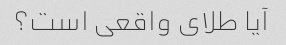
آیا طلای واقعی است؟